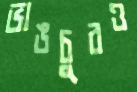
ভাঙচুরও